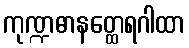
ကုဏ္ဍဓာနတ္ထေရဂါထာ